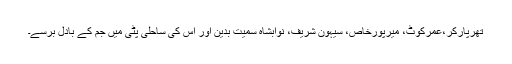
تھرپارکر،عمرکوٹ، میرپورخاص، سیہون شریف، نوابشاہ سمیت بدین اور اس کی ساحلی پٹی میں جم کے بادل برسے۔